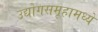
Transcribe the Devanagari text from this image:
उद्योगसमूहामध्ये